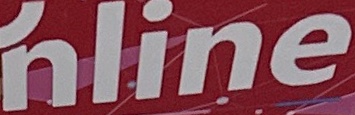
nline